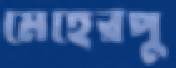
মেহেরপু